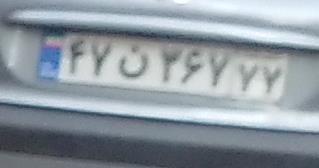
۴۷ن۳۶۷۷۷